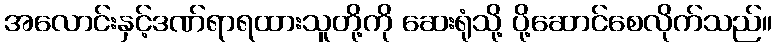
အလောင်းနှင့်ဒဏ်ရာရထားသူတို့ကို ဆေးရုံသို့ ပို့ဆောင်စေလိုက်သည်။